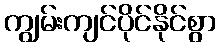
ကျွမ်းကျင်ပိုင်နိုင်စွာ